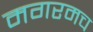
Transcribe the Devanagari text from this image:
मगरमच